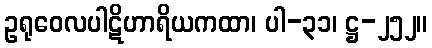
ဥရုဝေလပါဋိဟာရိယကထာ၊ ပါ-၃၁၊ ဋ္ဌ-၂၅၂။